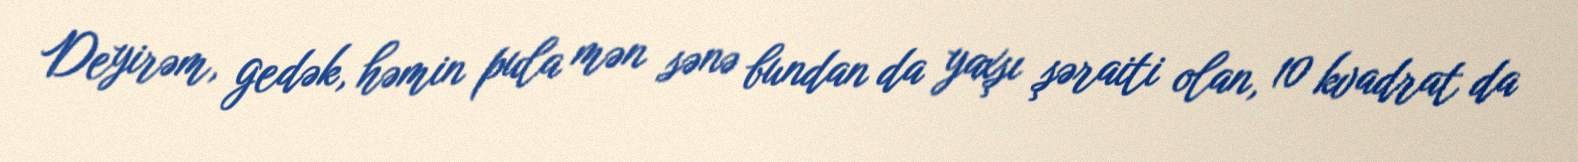
Deyirəm, gedək, həmin pula mən sənə bundan da yaxşı şəraiti olan, 10 kvadrat da